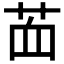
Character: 𦭾